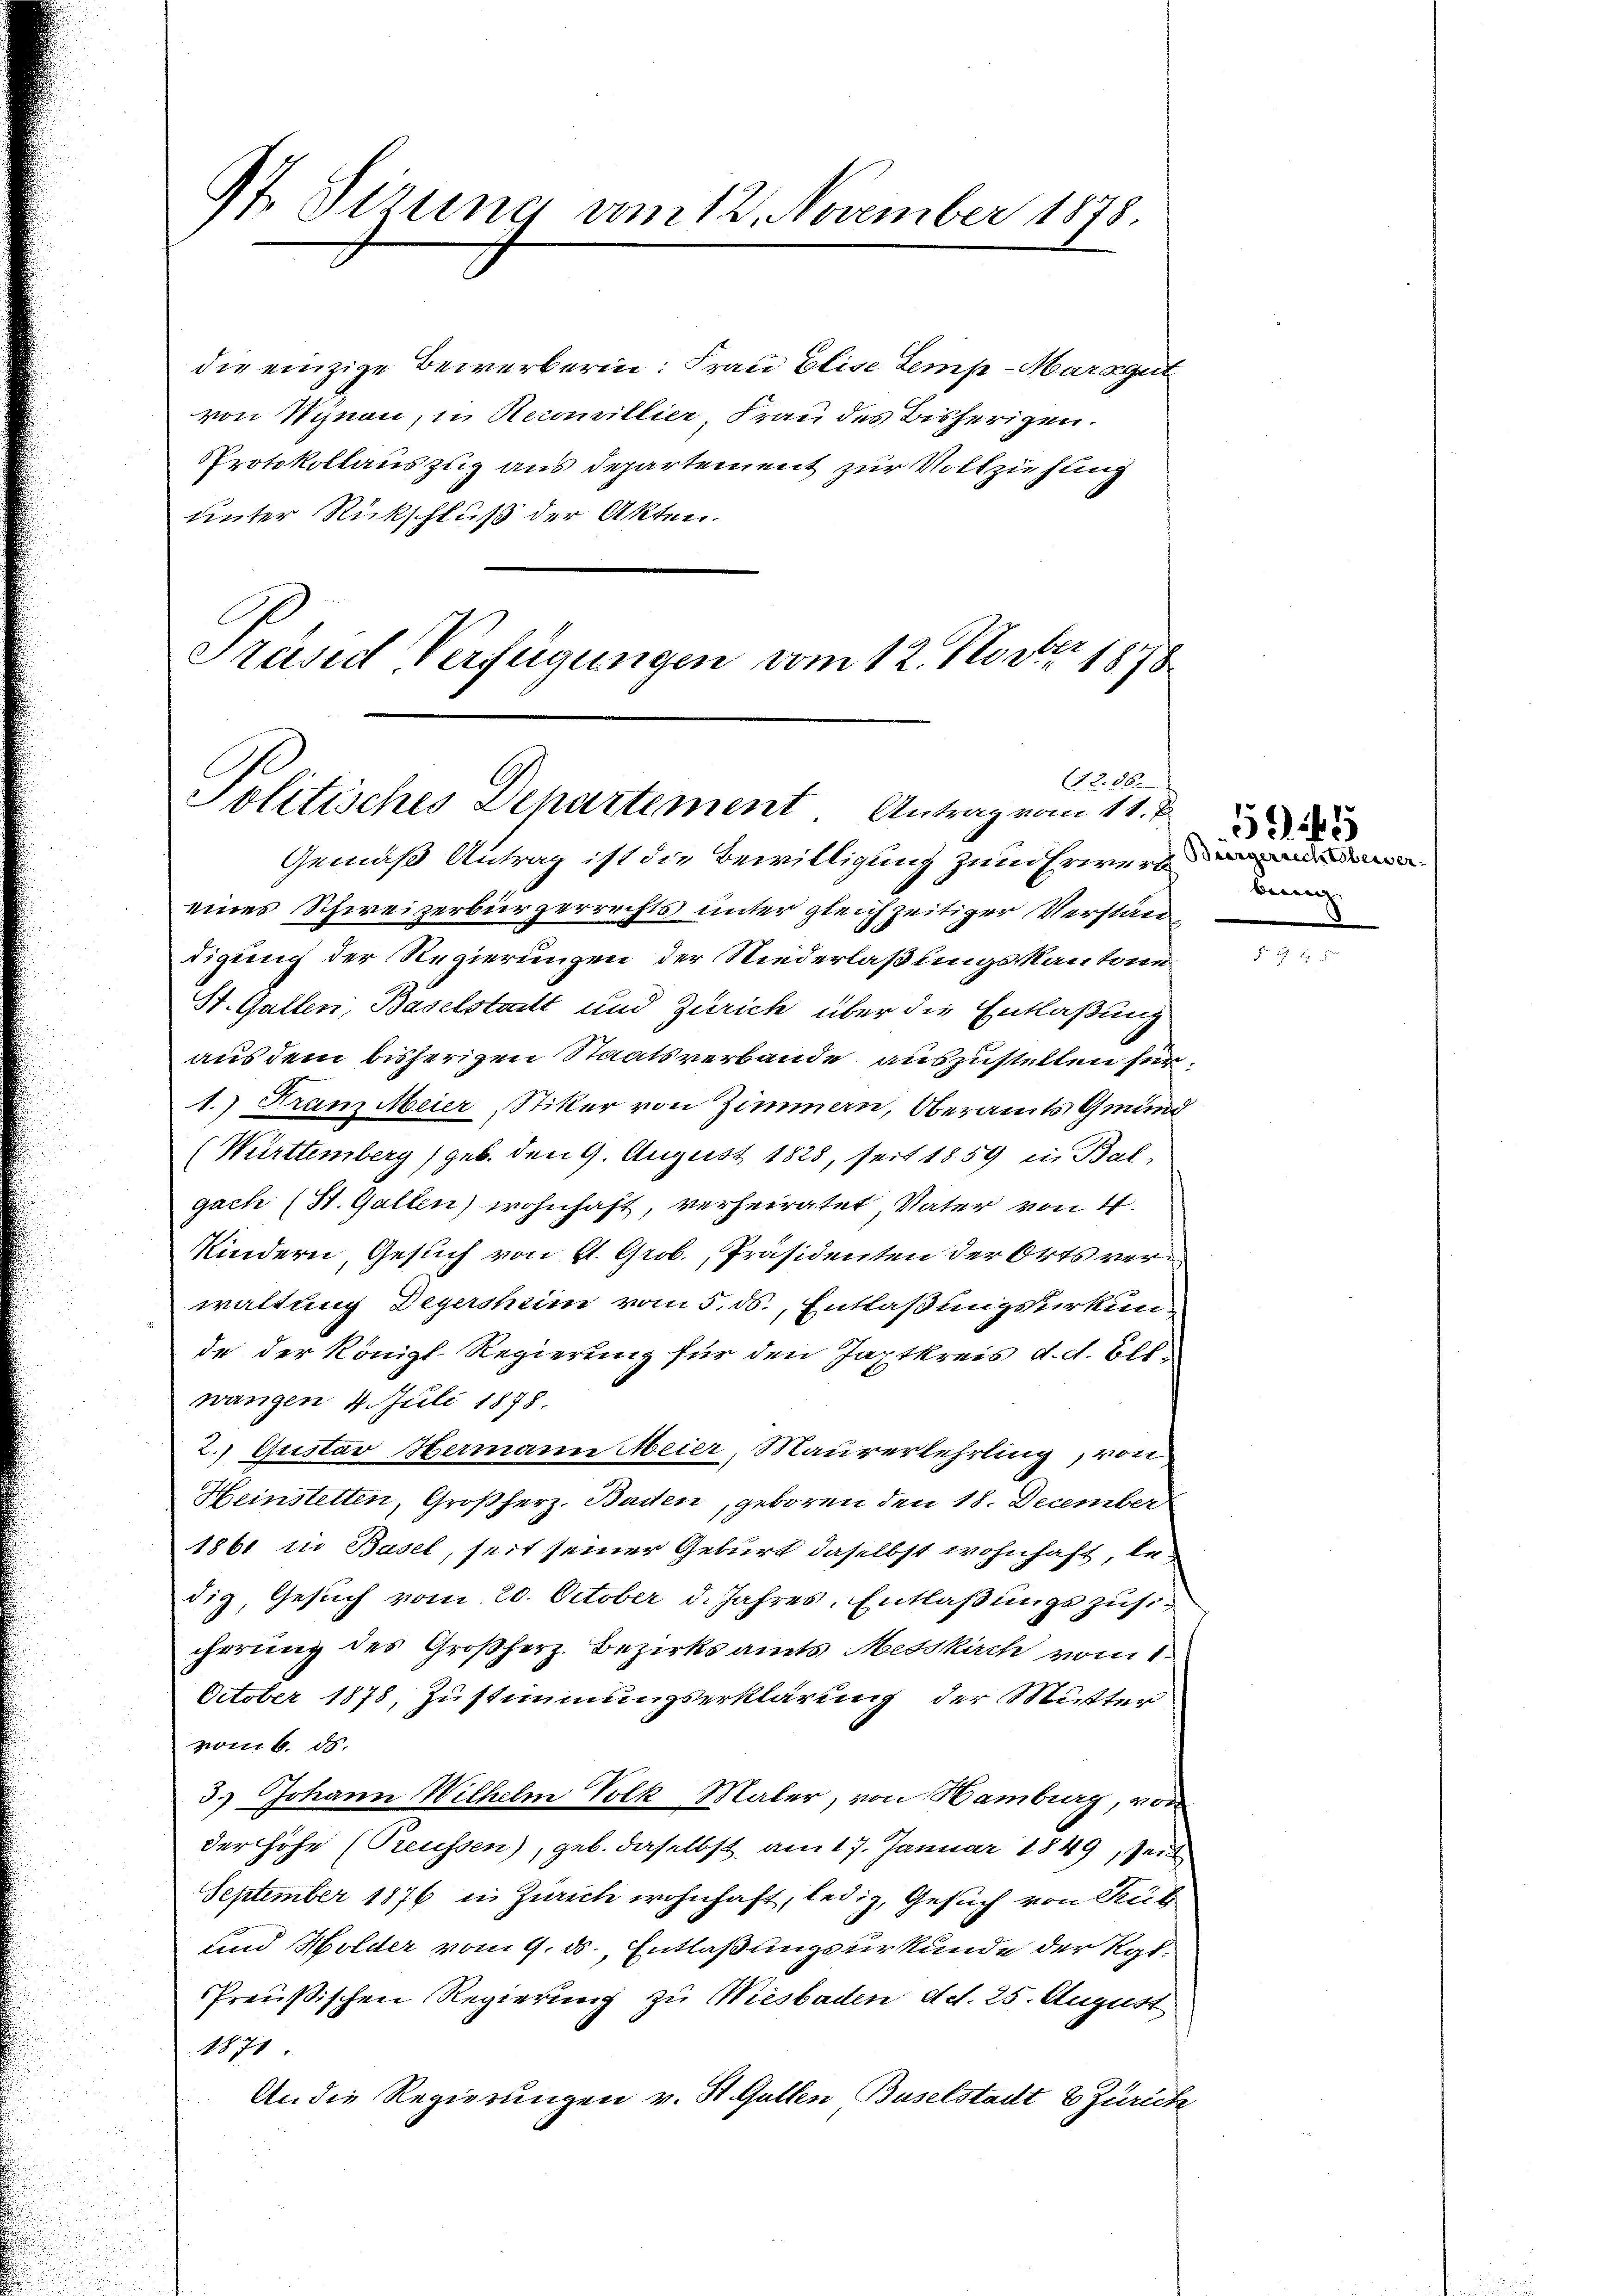
97. Sirung vom 12. November 1878.

die einzige Bewerberin: Frau Elise Lems-Marsgut
von Synau, in Recouvillier Frau des Bisherigen.
Protokollauszug aus Departement zur Vollziehung
unter Rückschluß der Akten.
Präsid Verfügungen vom 12. Nov. 1878

(1256.
Politisches Departement. Antrag vom 11. J

Gemäß Antrag ist die Bewilligung zum Erwerb
eines Schweizerbürgerrechts unter gleichzeitiger Verstän
digung der Regierungen der Niederlaßungskantone
St. Gallen, Baselstadt und Zürich über die Entlaßung
aus dem bisherigen Staatsverbande auszustellen für
1.) Franz Meier, Stiker von Zimmern, Oberamts Gmund
(Württemberg (geb. den 9. August 1828, seit 1859 in Bal-
gach (St. Gallen) wohnhaft, verheiratet, Vater von 4
Kindern, Gesuch von St. Grob., Präsidenten der Orts verwaltung Degersheim vom 5. ds. Entlaßungsurkunde der Königl. Regierung für den Japtkreis d. d. Ell-
wangen 4. Juli 1878.
2.) Gustav Hermann Meier, Maurerlehrling, von
Heinstetten, Großherz, Baden, geboren den 18. December
1861 in Basel, seit seiner Geburt daselbst wohnhaft, ledig, Gesuch vom 20. October d. Jahres, Entlaßungszusiihrrung des Großherz. Bezirksamts Messkirch vom 1.
October 1878, Zustimmungserklärung der Mutter
vom 6. ds.
3.) Johann Wilhelm Volk Maler, von Hamburg, von
der Höhe (Preussen), geb. daselbst, am 17. Januar 1849, seit
September 1876 in Zürich wohnhaft, ledig, Gesuch von Rub
und Holder vom 9. ds. Entlaßungsurkunde der Kgl.
Preußischen Regierung zu Wiesbaden Ad. 25. August
1871
An die Regierungen v. St. Gallen Buselstadt & Zürich

bung.

5145